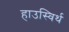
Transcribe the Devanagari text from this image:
हाउस्विर्थ